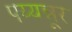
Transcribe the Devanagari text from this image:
पय्यन्नूर